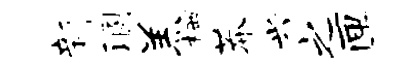
新溷羔栖莽兴之匣